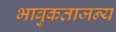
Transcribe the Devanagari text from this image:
भावुकताजन्य